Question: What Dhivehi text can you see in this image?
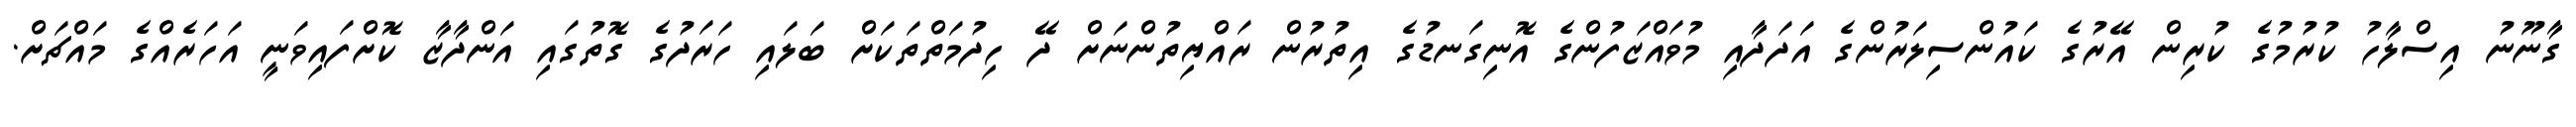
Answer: ގާނޫނު އިސްލާހު ކުރުމުގެ ކުރިން އޭރުގެ ކައުންސިލަރުންގެ އަދަދާއި މުވައްޒަފުންގެ އޮނިގަނޑުގެ އިތުރުން ރައްޔިތުންނަށް ދޭ ހިދުމަތްތަކަށް ބަލައި ހަރަދުގެ ގޮތުގައި އަންދާޒާ ކޮށްފައިވަނީ އަހަރެއްގެ މައްޗަށް.